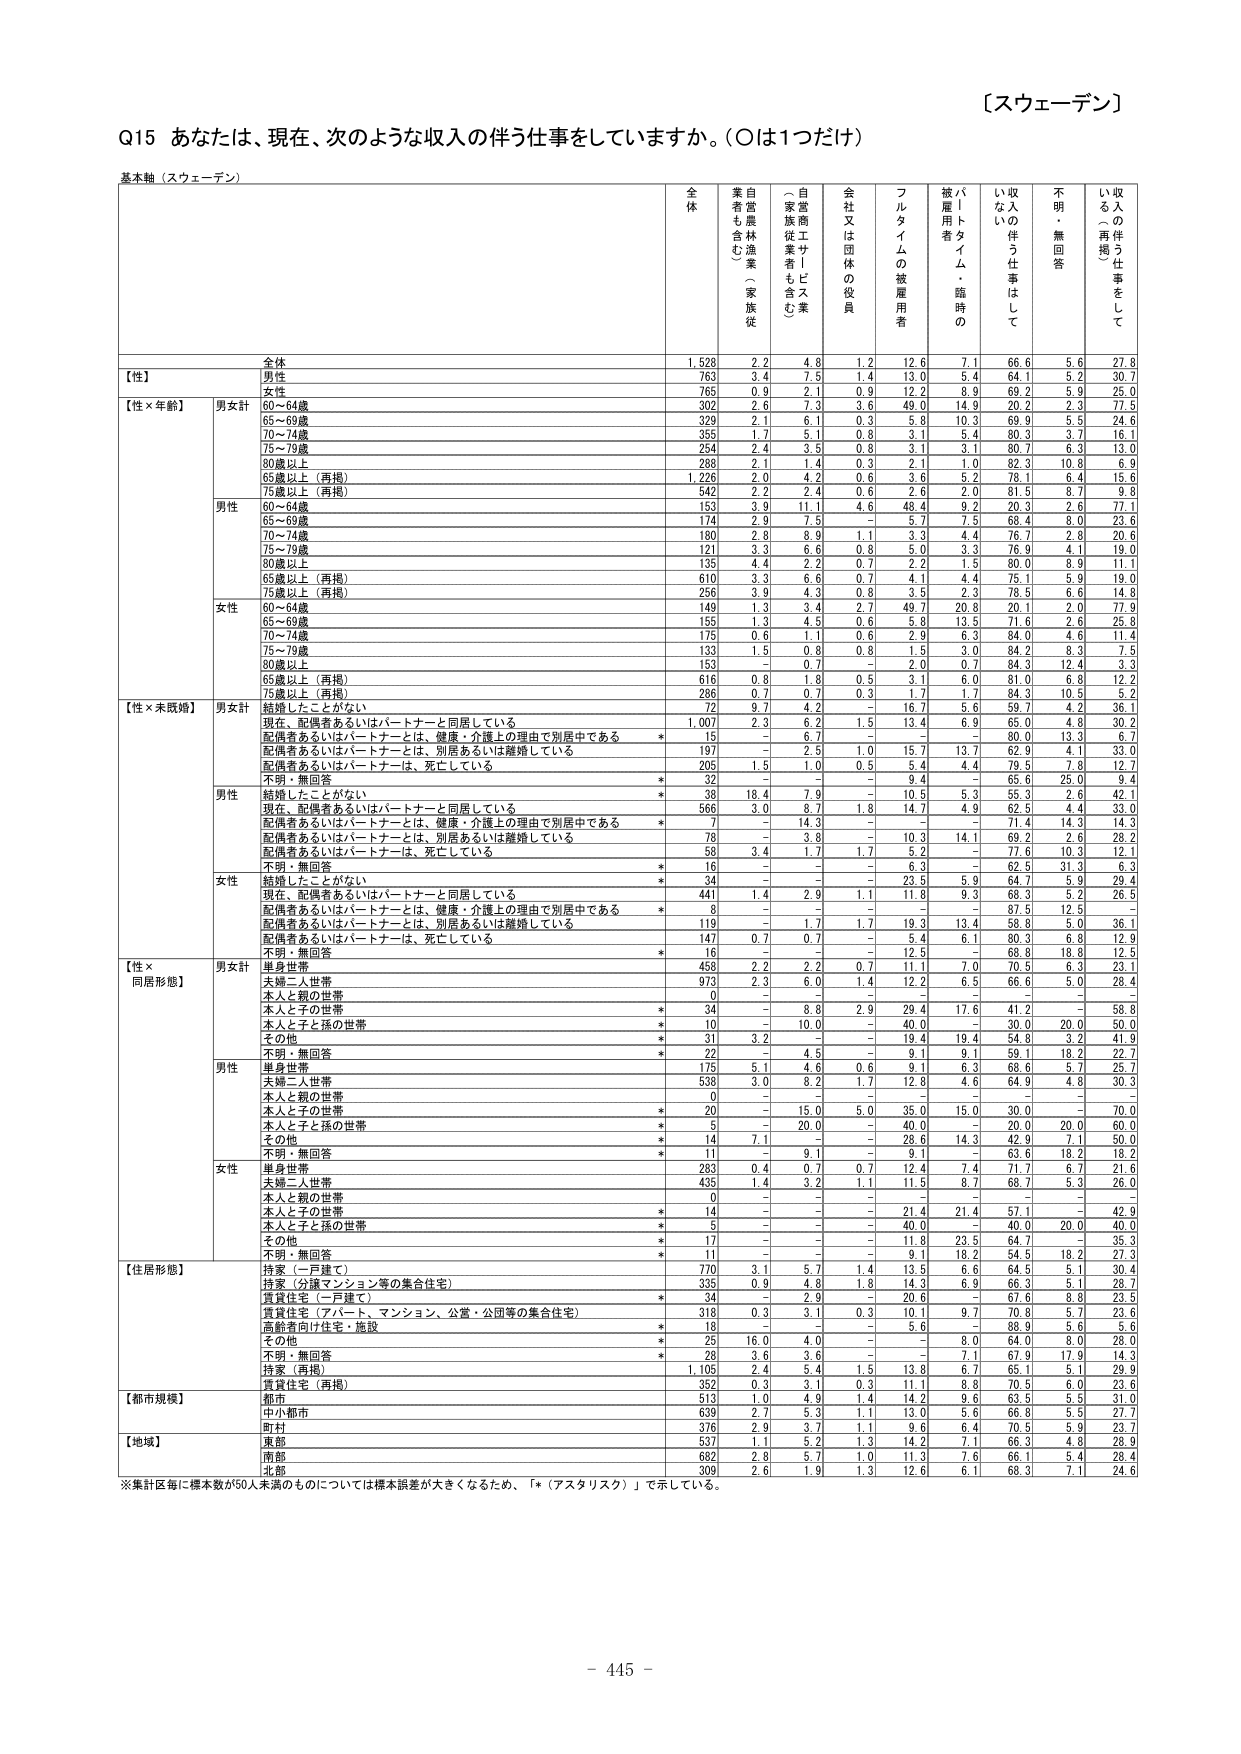
【スウェーデン】

Q15 あなたは、現在、次のような収入の伴う仕事をしていますか。（○は1つだけ）

基木軸（スウェーデン）

全体
業者農林漁業（家族従業者も含む）
自営業（家族従業者も含む）
会社又は団体の役員
フルタイムの被雇用者
パートタイム・臨時の被雇用者
収入の伴う仕事はしてない
不明・無回答
収入の伴う仕事をしてない（再掲）

【性】
全体
1,528
2.2
4.8
1.2
12.6
7.1
66.6
5.6
27.8
男性
763
3.4
7.5
1.4
13.0
5.4
64.1
5.2
30.7
女性
765
0.9
2.1
0.9
12.2
8.9
69.2
5.9
25.0

【性×年齢】
男女性計
60～64歳
302
2.6
7.3
3.6
49.0
14.9
20.2
2.3
77.5
65～69歳
329
2.1
6.1
0.3
5.8
10.3
69.9
5.5
24.6
70～74歳
355
1.7
5.1
0.8
3.1
5.4
80.3
3.7
16.1
75～79歳
254
2.4
3.5
0.8
3.1
3.1
80.7
6.3
13.0
80歳以上
288
2.1
1.4
0.3
2.1
1.0
82.3
10.8
6.9
65歳以上（再掲）
1,226
2.0
4.2
0.6
3.6
5.2
78.1
6.4
15.6
75歳以上（再掲）
542
2.2
2.4
0.6
2.6
2.0
81.5
8.7
9.8

男性
60～64歳
153
3.9
11.1
4.6
48.4
9.2
20.3
2.6
77.1
65～69歳
174
2.9
7.5
-
5.7
7.5
68.4
8.0
23.6
70～74歳
180
2.8
8.9
1.1
3.3
4.4
76.7
2.8
20.6
75～79歳
121
3.3
6.6
0.8
5.0
3.3
76.9
4.1
19.0
80歳以上
135
4.4
2.2
0.7
2.2
1.5
80.0
8.9
11.1
65歳以上（再掲）
610
3.3
6.6
0.7
4.1
4.4
75.1
5.9
19.0
75歳以上（再掲）
256
3.9
4.3
0.8
3.5
2.3
78.5
6.6
14.8

女性
60～64歳
149
1.3
3.4
2.7
49.7
20.8
20.1
2.0
77.9
65～69歳
155
1.3
4.5
0.6
5.0
13.5
71.6
2.6
25.8
70～74歳
175
0.6
1.1
0.6
2.9
6.3
84.0
4.6
11.4
75～79歳
133
1.5
0.8
0.8
1.5
3.0
84.2
8.3
7.5
80歳以上
153
-
0.7
-
2.0
0.7
84.3
12.4
3.3
65歳以上（再掲）
616
0.8
1.8
0.5
3.1
6.0
81.0
6.8
12.2
75歳以上（再掲）
286
0.7
0.7
0.3
1.7
1.7
84.3
10.5
5.2

【性×未婚歴】
男女性計
結婚したことがない
72
9.7
4.2
-
16.7
5.6
59.7
4.2
36.1
現在、配偶者あるいはパートナーと同居している
1,007
2.3
6.2
1.5
13.4
6.9
65.0
4.8
30.2
配偶者あるいはパートナーとは、健康・介護上の理由で別居中である
*
15
-
6.7
-
-
-
80.0
13.3
6.7
配偶者あるいはパートナーとは、別居あるいは離婚している
197
-
2.5
1.0
15.7
13.7
62.9
4.1
33.0
配偶者あるいはパートナーは、死亡している
205
1.5
1.0
0.5
5.4
4.4
79.5
7.8
12.7
不明・無回答
*
32
-
-
-
9.4
-
65.6
25.0
9.4

男性
結婚したことがない
*
38
18.4
7.9
-
10.5
5.3
55.3
2.6
42.1
現在、配偶者あるいはパートナーと同居している
566
3.0
8.7
1.8
14.7
4.9
62.5
4.4
33.0
配偶者あるいはパートナーとは、健康・介護上の理由で別居中である
*
7
-
14.3
-
-
-
71.4
14.3
14.3
配偶者あるいはパートナーとは、別居あるいは離婚している
78
-
3.8
-
10.3
14.1
69.2
2.6
28.2
配偶者あるいはパートナーは、死亡している
58
3.4
1.7
1.7
5.2
-
77.6
10.3
12.1
不明・無回答
*
16
-
-
-
6.3
-
62.5
31.3
6.3

女性
結婚したことがない
*
34
-
-
-
23.5
5.9
64.7
5.9
29.4
現在、配偶者あるいはパートナーと同居している
441
1.4
2.9
1.1
11.8
9.3
66.3
5.2
26.5
配偶者あるいはパートナーとは、健康・介護上の理由で別居中である
*
8
-
-
-
-
-
87.5
12.5
-
配偶者あるいはパートナーとは、別居あるいは離婚している
119
-
1.7
1.7
19.3
13.4
58.8
5.0
36.1
配偶者あるいはパートナーは、死亡している
147
0.7
0.7
-
5.4
6.1
80.3
6.8
12.9
不明・無回答
*
16
-
-
-
12.5
-
68.8
18.8
12.5

【性×同居形態】
男女性計
単身世帯
458
2.2
2.2
0.7
11.1
7.0
70.5
6.3
23.1
夫婦二人世帯
973
2.3
6.0
1.4
12.2
6.5
66.6
5.0
28.4
本人と親の世帯
0
-
-
-
-
-
-
-
-
本人と子の世帯
*
34
-
8.8
2.9
29.4
17.6
41.2
-
58.8
本人と子と孫の世帯
*
10
-
10.0
-
40.0
-
30.0
20.0
50.0
その他
*
31
3.2
-
-
19.4
19.4
54.8
3.2
41.9
不明・無回答
*
22
-
4.5
-
9.1
9.1
59.1
18.2
22.7

男性
単身世帯
175
5.1
4.6
0.6
9.1
6.3
68.6
5.7
25.7
夫婦二人世帯
538
3.0
8.2
1.7
12.8
4.6
64.9
4.8
50.3
本人と親の世帯
0
-
-
-
-
-
-
-
-
本人と子の世帯
*
20
-
15.0
5.0
35.0
15.0
30.0
-
70.0
本人と子と孫の世帯
*
5
-
20.0
-
40.0
-
20.0
20.0
60.0
その他
*
14
7.1
-
-
28.6
14.3
42.9
7.1
50.0
不明・無回答
*
11
-
9.1
-
9.1
-
63.6
18.2
18.2

女性
単身世帯
283
0.4
0.7
0.7
12.4
7.4
71.7
6.7
21.6
夫婦二人世帯
435
1.4
3.2
1.1
11.5
8.7
68.7
5.3
26.0
本人と親の世帯
0
-
-
-
-
-
-
-
-
本人と子の世帯
*
14
-
-
-
21.4
21.4
57.1
-
42.9
本人と子と孫の世帯
*
5
-
-
-
40.0
-
40.0
20.0
40.0
その他
*
17
-
-
-
11.8
23.5
64.7
-
35.3
不明・無回答
*
11
-
-
-
9.1
18.2
54.5
18.2
27.3

【住居形態】
持家（一戸建て）
770
3.1
5.7
1.4
13.5
6.6
64.5
5.1
30.4
持家（分譲マンション等の集合住宅）
335
0.9
4.8
1.8
14.3
6.9
66.3
5.1
28.7
賃貸住宅（一戸建て）
*
34
-
2.9
-
20.6
-
67.6
8.8
23.5
賃貸住宅（アパート、マンション、公営・公団等の集合住宅）
318
0.3
3.1
0.3
10.1
9.7
70.8
5.7
23.6
高齢者向け住宅・施設
*
18
-
-
-
5.6
-
88.9
5.6
5.6
その他
*
25
16.0
4.0
-
-
8.0
64.0
8.0
28.0
不明・無回答
*
28
3.6
3.6
-
-
7.1
67.9
17.9
14.3
持家（再掲）
1,105
2.4
5.4
1.5
13.8
6.7
65.1
5.1
29.9
賃貸住宅（再掲）
352
0.3
3.1
0.3
11.1
8.8
70.5
6.0
23.6

【都市規模】
都市
513
1.0
4.9
1.4
14.2
9.6
63.5
5.5
31.0
中小都市
639
2.7
5.3
1.1
13.0
5.6
66.8
5.5
27.7
町村
376
2.9
3.7
1.1
9.6
6.4
70.5
5.9
23.7

【地域】
東部
537
1.1
5.2
1.3
14.2
7.1
66.3
4.8
28.9
南部
682
2.8
5.7
1.0
11.3
7.6
66.1
5.4
28.4
北部
309
2.6
1.9
1.3
12.6
6.1
68.3
7.1
24.6

※集計区毎に標本数が50人未満のものについては標本誤差が大きくなるため、「*（アスタリスク）」で示している。

- 445 -